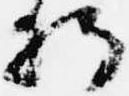
将